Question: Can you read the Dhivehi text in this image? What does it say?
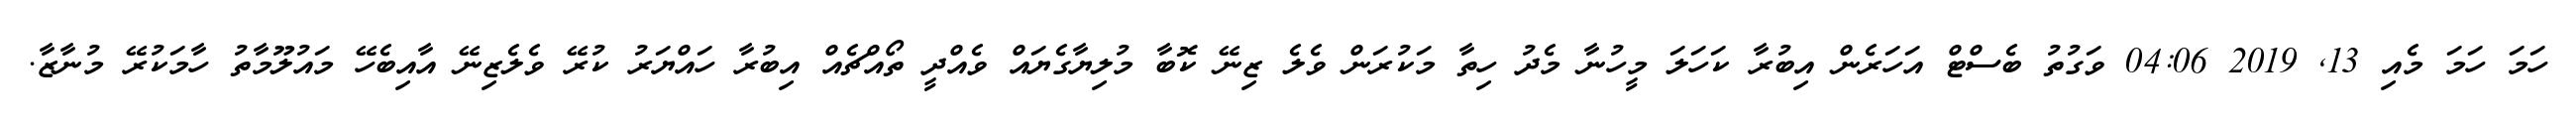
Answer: ހަމަ ހަމަ މެއި 13, 2019 04:06 ވަގުތު ބެސްޓް އަހަރެން އިބުރާ ކަހަލަ މީހުނާ މެދު ހިތާ މަކުރަން ވެލެ ޒިނޭ ކޮބާ މުލިޔާގެޔައް ވެއްދީ ތޯއްޗެއް އިބުރާ ހައްޔަރު ކުރޭ ވެލެޒިނޭ އާއިބެހޭ މައުލޫމާތު ހާމަކުރޭ މުނާޒާ.